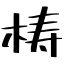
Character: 梼